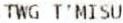
TWG T'MISU